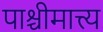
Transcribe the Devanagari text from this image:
पाश्चीमात्त्य